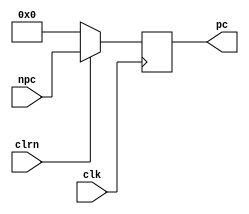
`timescale 1ns / 1ps
//////////////////////////////////////////////////////////////////////////////////
// Company: 
// Engineer: 
// 
// Design Name: 
// Module Name: PC
// Project Name: 
// Target Devices: 
// Tool Versions: 
// Description: 
// 
// Dependencies: 
// 
// Revision:
// Revision 0.01 - File Created
// Additional Comments:
// 
//////////////////////////////////////////////////////////////////////////////////


module PC(clk, npc, pc, clrn);
//module PC(clk, npc, pc);
    input clk;
    input clrn;
    input [31:0] npc; //where the program counter should change to on the next clock edge
    output reg [31:0] pc; //current value of the program counter

    initial
    begin
        pc = 0;
        //npc = 4;
    end
    
    always @ (posedge clk)
    begin
        
        if(clrn)
            pc <= npc;
        
        else
        
            pc <= 0;
        
    end
    
endmodule